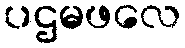
ပဌမဖလေ